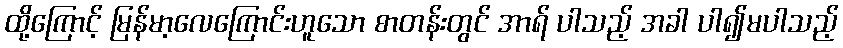
ထို့ကြောင့် မြန်မာ့လေကြောင်းဟူသော စာတန်းတွင် အာရ် ပါသည့် အခါ ပါ၍မပါသည့်